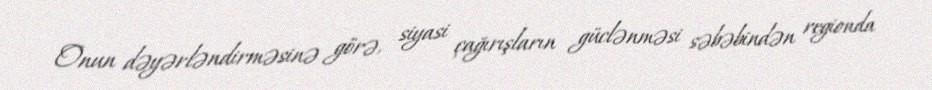
Onun dəyərləndirməsinə görə, siyasi çağırışların güclənməsi səbəbindən regionda